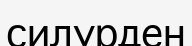
силурден